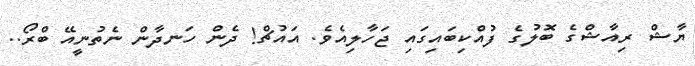
ޔާޝް ރިއާޝްގެ ބޮލުގެ ފުއްކިބައިގައި ޖަހާލިއެވެ. އައުޗް! ދެން ހަނދާން ނެތުނީއޭ ބްރޯ..